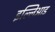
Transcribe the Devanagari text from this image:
इल्लिआड